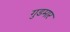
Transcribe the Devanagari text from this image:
गुडमार